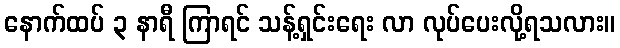
နောက်ထပ် ၃ နာရီ ကြာရင် သန့်ရှင်းရေး လာ လုပ်ပေးလို့ရသလား။